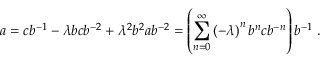
a = c b ^ { - 1 } - \lambda b c b ^ { - 2 } + \lambda ^ { 2 } b ^ { 2 } a b ^ { - 2 } = \left( \sum _ { n = 0 } ^ { \infty } \left( - \lambda \right) ^ { n } b ^ { n } c b ^ { - n } \right) b ^ { - 1 } \; .